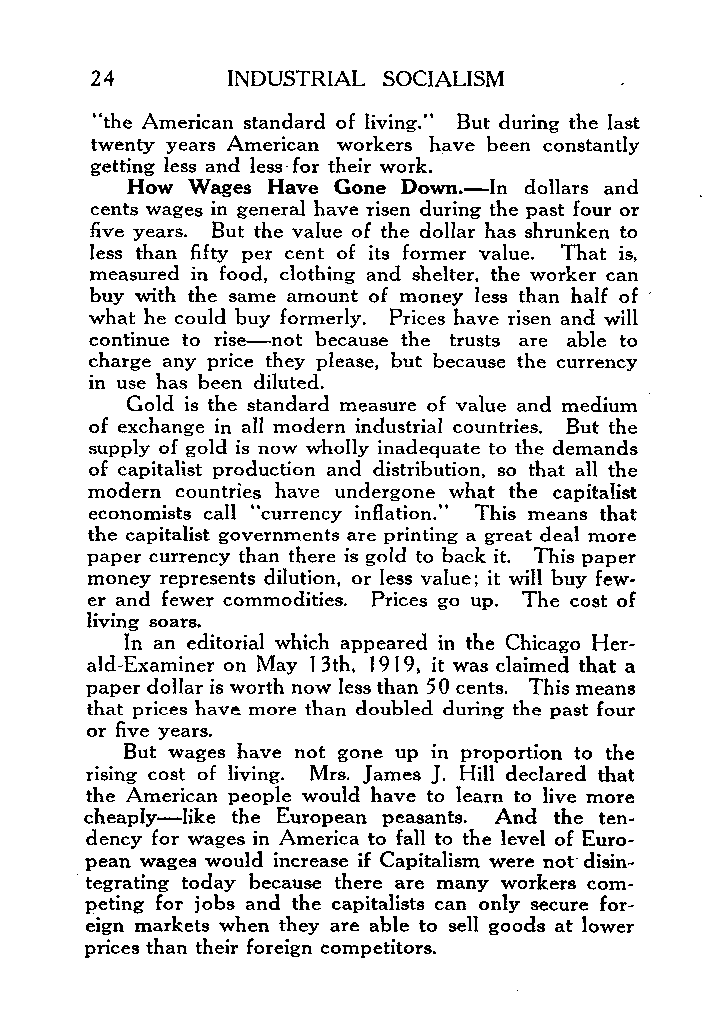
24       INDUSTRIAL SOCIALISM
 “the American standard of living.” But during the last
 twenty years American workers have been constantly
 getting less and less. for their work.
 How Wages Have Gone Down.-In dollars and
 cents wages in general have risen during the past four or
 five years. But the value of the dollar has shrunken to
 less than fifty per cent of its former value. That is,
 measured in food, clothing and shelter, the worker can
 buy with the same amount of money less than half of ’
 what he could buy formerly. Prices have risen and will
 continue to rise-not because the trusts are able to
 charge any price they please, but because the currency
 in use has been diluted.
 Gold is the standard measure of value and medium
 of exchange in al1 modern industrial countries. But the
 supply of gold is now wholly inadequate to the demands
 of capitalist production and distribution, so that all the
 modern countries have undergone what the capitalist
 economists call “currency inflation.” This means that
 the capitalist governments are printing a great deal more
 paper currency than there is gold to back it. This paper
 money represents dilution, or less value: it will buy few-
 er and fewer commodities. Prices go up. The cost of
 living soars.
 In an editorial which appeared in the Chicago Her-
 ald-Examiner on May 13th. 19 19, it was claimed that a
 paper dollar is worth now Iess than 5 0 cents. This means
 that prices have more than doubled during the past four
 or five years.
 But wages have not gone up in proportion to the
 rising cost of living. Mrs. James J. Hill declared that
 the American people would have to learn to live more
 cheapIy-Iike the European peasants. And the ten-
 dency for wages in America to fall to the level of Euro-
 pean wages would increase if Capitalism were not disin-
 tegrating today because there are many workers com-
 peting for jobs and the capitalists can only secure for-
 eign markets when they are able to sell goods at lower
 prices than their foreign competitors.